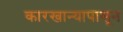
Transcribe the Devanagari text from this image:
कारखान्यापासून